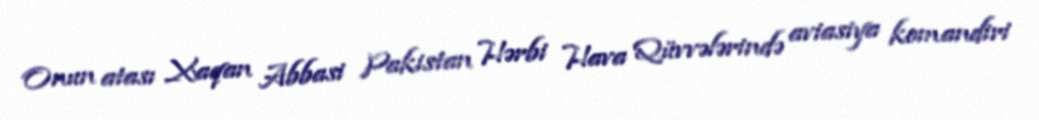
Onun atası Xaqan Abbasi Pakistan Hərbi Hava Qüvvələrində aviasiya komandiri